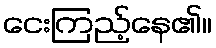
ငေးကြည့်နေ၏။